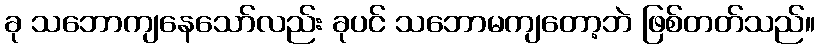
ခု သဘောကျနေသော်လည်း ခုပင် သဘောမကျတော့ဘဲ ဖြစ်တတ်သည်။